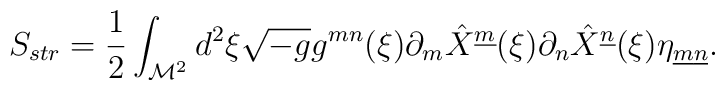
S_{str}=  {1 \over 2} \int_{{\cal M}^2} d^2 \xi \sqrt{-g} g^{mn}(\xi )\partial_m \hat{X}^{\underline{m}}(\xi ) \partial_n\hat{X}^{\underline{n}}(\xi ) \eta_{\underline{m} \underline{n}}.